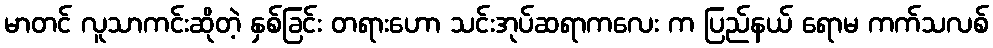
မာတင် လူသာကင်းဆိုတဲ့ နှစ်ခြင်း တရားဟော သင်းအုပ်ဆရာကလေး က ပြည်နယ် ရောမ ကက်သလစ်